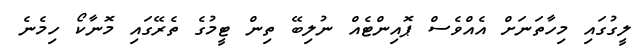
ލީގުގައި މިހާތަނަށް އެއްވެސް ޕޮއިންޓެއް ނުލިބޭ ތިން ޓީމުގެ ތެރޭގައި މޮނާކޯ ހިމެނެ